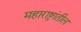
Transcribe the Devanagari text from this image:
महाराष्ट्रांतील